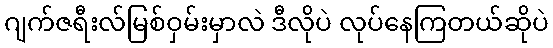
ဂျက်ဇရီးလ်မြစ်ဝှမ်းမှာလဲ ဒီလိုပဲ လုပ်နေကြတယ်ဆိုပဲ